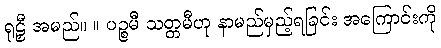
ရုဠှီ အမည်။ ။ ပဉ္စမီ သတ္တမီဟု နာမည်မှည့်ရခြင်း အကြောင်းကို